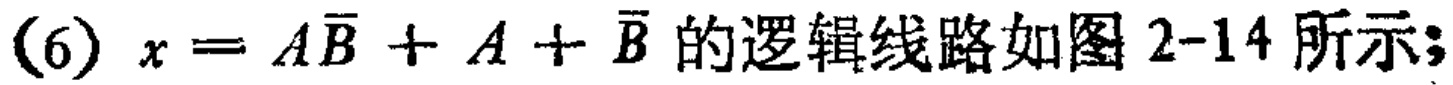
(6) \(x = A\overline{B}+A + \overline{B}\) 的逻辑线路如图 2-14 所示;